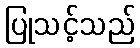
ပြုသင့်သည်